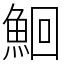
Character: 鮰